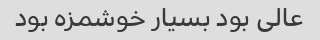
عالی بود بسیار خوشمزه بود